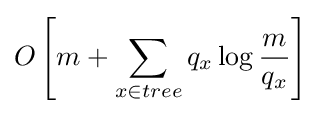
O\left[m+\sum _{x\in tree}q_{x}\log {\frac {m}{q_{x}}}\right]